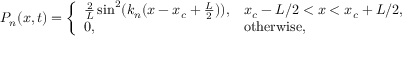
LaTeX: P _ { n } ( x , t ) = { \left\{ \begin{array} { l l } { { \frac { 2 } { L } } \sin ^ { 2 } ( k _ { n } ( x - x _ { c } + { \frac { L } { 2 } } ) ) , } & { x _ { c } - L / 2 < x < x _ { c } + L / 2 , } \\ { 0 , } & { { \mathrm { o t h e r w i s e , } } } \end{array} \right. }